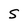
Character: 5